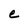
Character: e